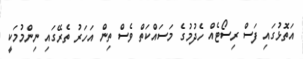
އަތޮޅުގައި ފަސް ރިސޯޓެއް ހެދުމުގެ މަސައްކަތް ވެސް ތިން އަހަރު ތެރޭގައި ނިންމުމަކީ